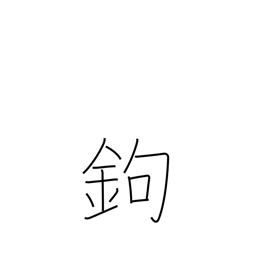
Meaning: gaff